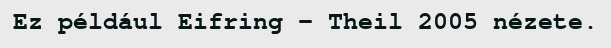
Ez például Eifring – Theil 2005 nézete.